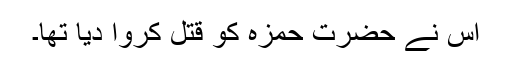
اس نے حضرت حمزہؓ کو قتل کروا دیا تھا۔